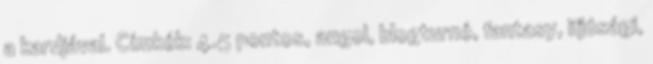
a kardjával. Címkék: 4.5 pontos, angol, blogturné, fantasy, ifjúsági,